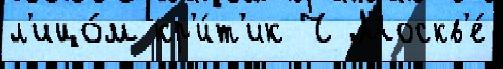
л'ицо́м кр'и́т'ик Ч Москв'е́